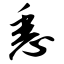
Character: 悉